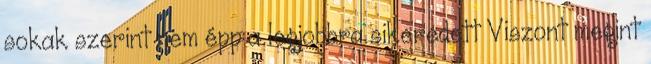
sokak szerint nem épp a legjobbra sikeredett Viszont megint